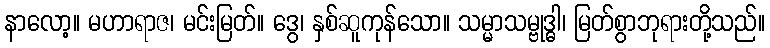
နာလော့။ မဟာရာဇ၊ မင်းမြတ်။ ဒွေ၊ နှစ်ဆူကုန်သော။ သမ္မာသမ္ဗုဒ္ဓါ၊ မြတ်စွာဘုရားတို့သည်။